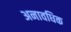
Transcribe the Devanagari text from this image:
अनावधिक